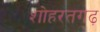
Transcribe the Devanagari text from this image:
शोहरतगढ़